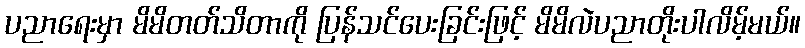
ပညာရေးမှာ မိမိတတ်သိတာကို ပြန်သင်ပေးခြင်းဖြင့် မိမိလဲပညာတိုးပါလိမ့်မယ်။